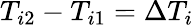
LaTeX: {T_{i2}-T_{i1}=\Delta T_{i}}